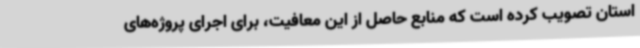
استان تصویب کرده است که منابع حاصل از این معافیت، برای اجرای پروژه‌های